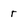
Character: r